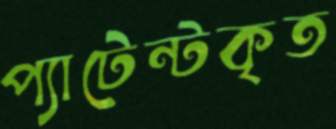
প্যাটেন্টকৃত